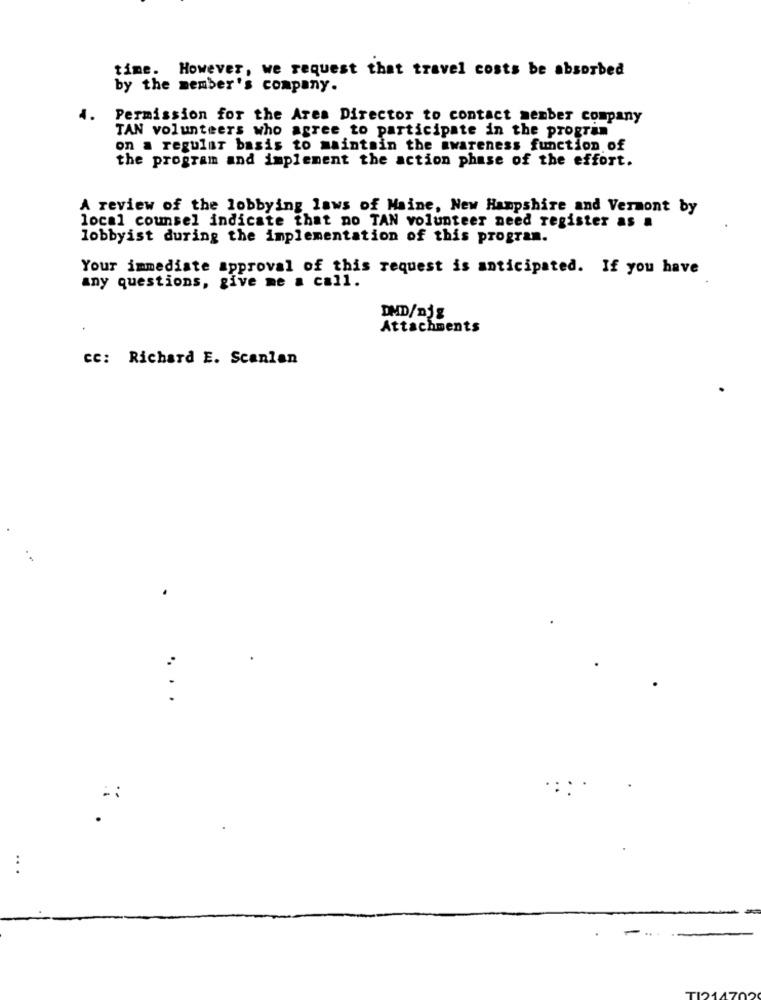
time. However, we request that travel costs be absorbed
by the member's company.
Permission for the Area Director to contact member company
TAN volunteers who agree to participate in the program
on a regular basis to maintain the awareness function of
the program and implement the action phase of the effort.
A review of the lobbying laws of Maine, New Hampshire and Vermont by
local counsel indicate that no TAN volunteer need register as a
lobbyist during the implementation of this program.
Your immediate approval of this request is anticipated. If you have
any questions, give me a call.
DD/nig
Attachments
cc: Richard E. Scanlan
...